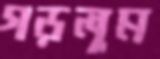
গড়লুম